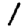
Digit: 1